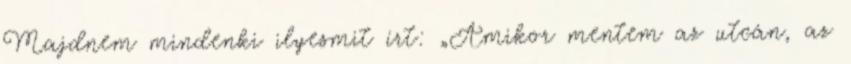
Majdnem mindenki ilyesmit írt: „Amikor mentem az utcán, az